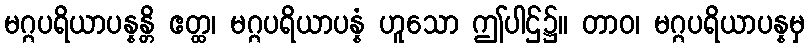
မဂ္ဂပရိယာပန္နန္တိ ဧတ္ထ၊ မဂ္ဂပရိယာပန္နံ ဟူသော ဤပါဌ်၌။ တာဝ၊ မဂ္ဂပရိယာပန္နမှ